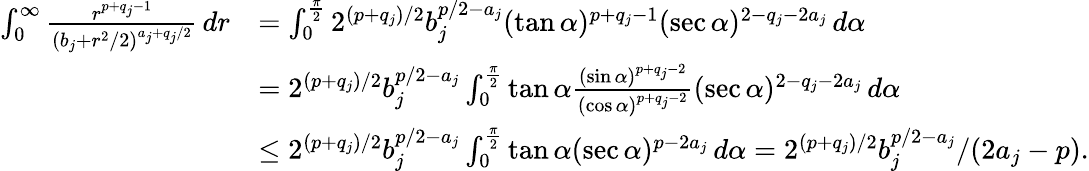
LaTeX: \begin{array}{rl}{\int_{0}^{\infty}\frac{r^{p+q_{j}-1}}{(b_{j}+r^{2}/2)^{a_{j}+q_{j}/2}}\, dr}&{=\int_{0}^{\frac{\pi}{2}}2^{(p+q_{j})/2}b_{j}^{p/2-a_{j}}(\tan\alpha)^{p+q_{j}-1}(\sec\alpha)^{2-q_{j}-2a_{j}}\, d\alpha}\\ &{=2^{(p+q_{j})/2}b_{j}^{p/2-a_{j}}\int_{0}^{\frac{\pi}{2}}\tan\alpha\frac{(\sin\alpha)^{p+q_{j}-2}}{(\cos\alpha)^{p+q_{j}-2}}(\sec\alpha)^{2-q_{j}-2a_{j}}\, d\alpha}\\ &{\le 2^{(p+q_{j})/2}b_{j}^{p/2-a_{j}}\int_{0}^{\frac{\pi}{2}}\tan\alpha(\sec\alpha)^{p-2a_{j}}\, d\alpha=2^{(p+q_{j})/2}b_{j}^{p/2-a_{j}}/(2a_{j}-p).}\end{array}